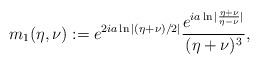
LaTeX: \begin{align*}m_1(\eta,\nu):=e^{2ia\ln|(\eta+\nu)/2|}\frac{e^{ia\ln|\frac{\eta+\nu}{\eta-\nu}|}}{(\eta+\nu)^3},\end{align*}